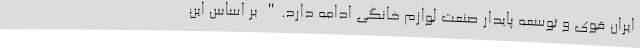
ایران قوی و توسعه پایدار صنعت لوازم خانگی ادامه دارد." بر اساس این